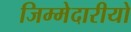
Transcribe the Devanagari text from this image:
जिम्मेदारीयो